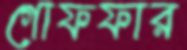
গোফফার